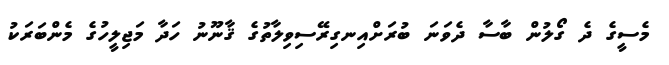
މެސީގެ ދެ ގޯލުން ބާސާ ދެވަނަ ބުރަށްއިނގިރޭސިވިލާތުގެ ޤާނޫނު ހަދާ މަޖިލީހުގެ މެންބަރަކު